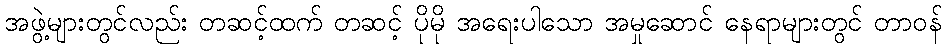
အဖွဲ့များတွင်လည်း တဆင့်ထက် တဆင့် ပိုမို အရေးပါသော အမှုဆောင် နေရာများတွင် တာဝန်